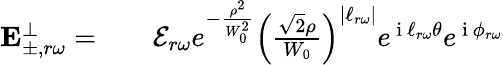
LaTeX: \begin{array}{rlr}{\mathbf{E}_{\pm,r\omega}^{\perp}=}&{{}}&{\mathcal{E}_{r\omega}e^{-\frac{\rho^{2}}{W_{0}^{2}}}\left(\frac{\sqrt{2}\rho}{W_{0}}\right)^{|\ell_{r\omega}|}e^{\mathrm{~i~}\ell_{r\omega}\theta}e^{\mathrm{~i~}\phi_{r\omega}}}\end{array}